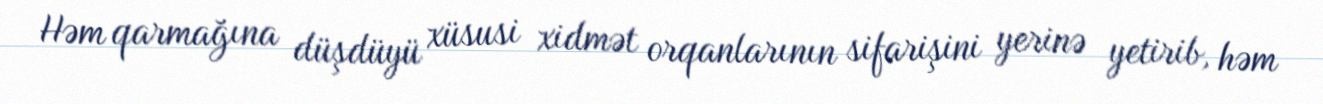
Həm qarmağına düşdüyü xüsusi xidmət orqanlarının sifarişini yerinə yetirib, həm